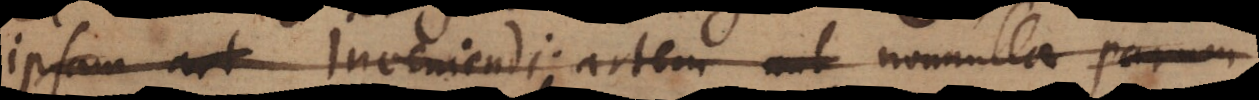
ipsam art inveniendi; artem aut nonnulla parum